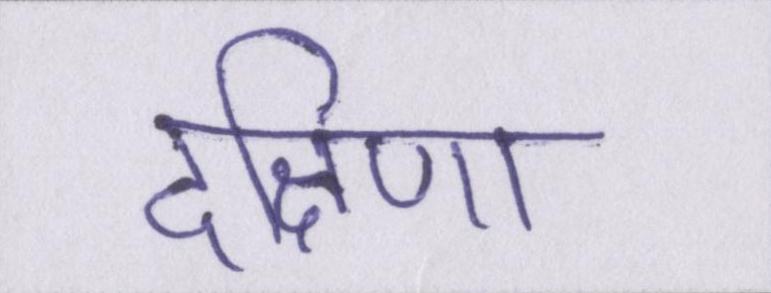
दक्षिणा